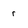
Character: r